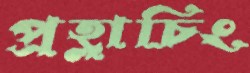
প্রহ্লাচিং